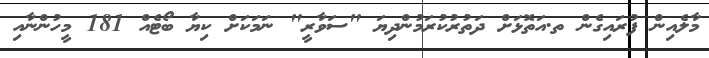
މާލެއިން ފުރައިގެން ތ.އަތޮޅަށް ދަތުރުކުރަމުންދިޔަ "ސަވާރީ" ނަމަކަށް ކިޔާ ބޯޓެއް 181 މީހުންނާއި